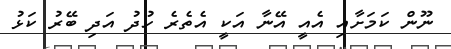
ނޫން ކަމަށާއި އެއީ އޭނާ އަކީ އެތެރެ ހުދު އަދި ބޭރު ކަޅު